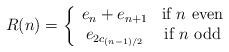
LaTeX: \begin{align*}R(n) = \left\{ \begin{array}{cc}e_{n} + e_{n + 1} & \mbox{if $n$ even}\\e_{2c_{(n-1)/2}} & \mbox{if $n$ odd}\end{array}\right.\end{align*}